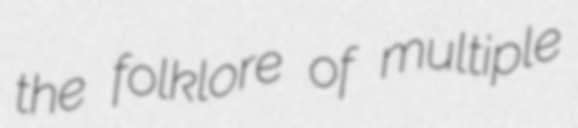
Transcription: the folklore of multiple